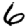
Digit: 6